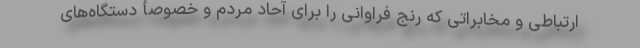
ارتباطی و مخابراتی که رنج فراوانی را برای آحاد مردم و خصوصأ دستگاه‌های